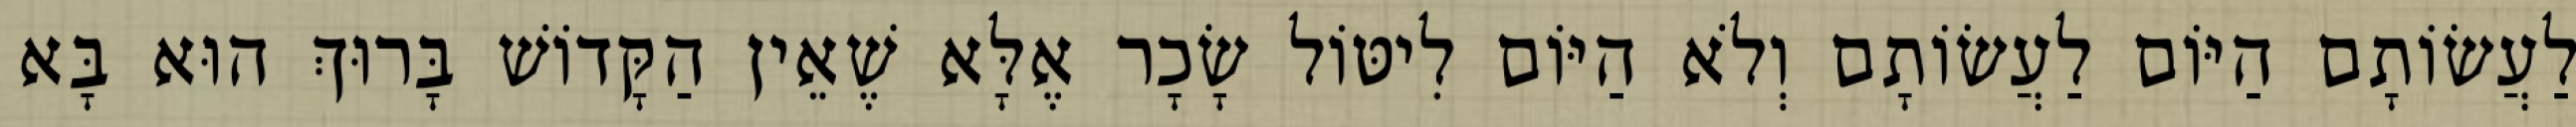
לַעֲשׂוֹתָם הַיּוֹם לַעֲשׂוֹתָם וְלֹא הַיּוֹם לִיטּוֹל שָׂכָר אֶלָּא שֶׁאֵין הַקָּדוֹשׁ בָּרוּךְ הוּא בָּא